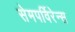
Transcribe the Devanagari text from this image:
सेमपर्विरेन्स